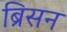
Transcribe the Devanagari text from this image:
ब्रिसन